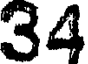
34